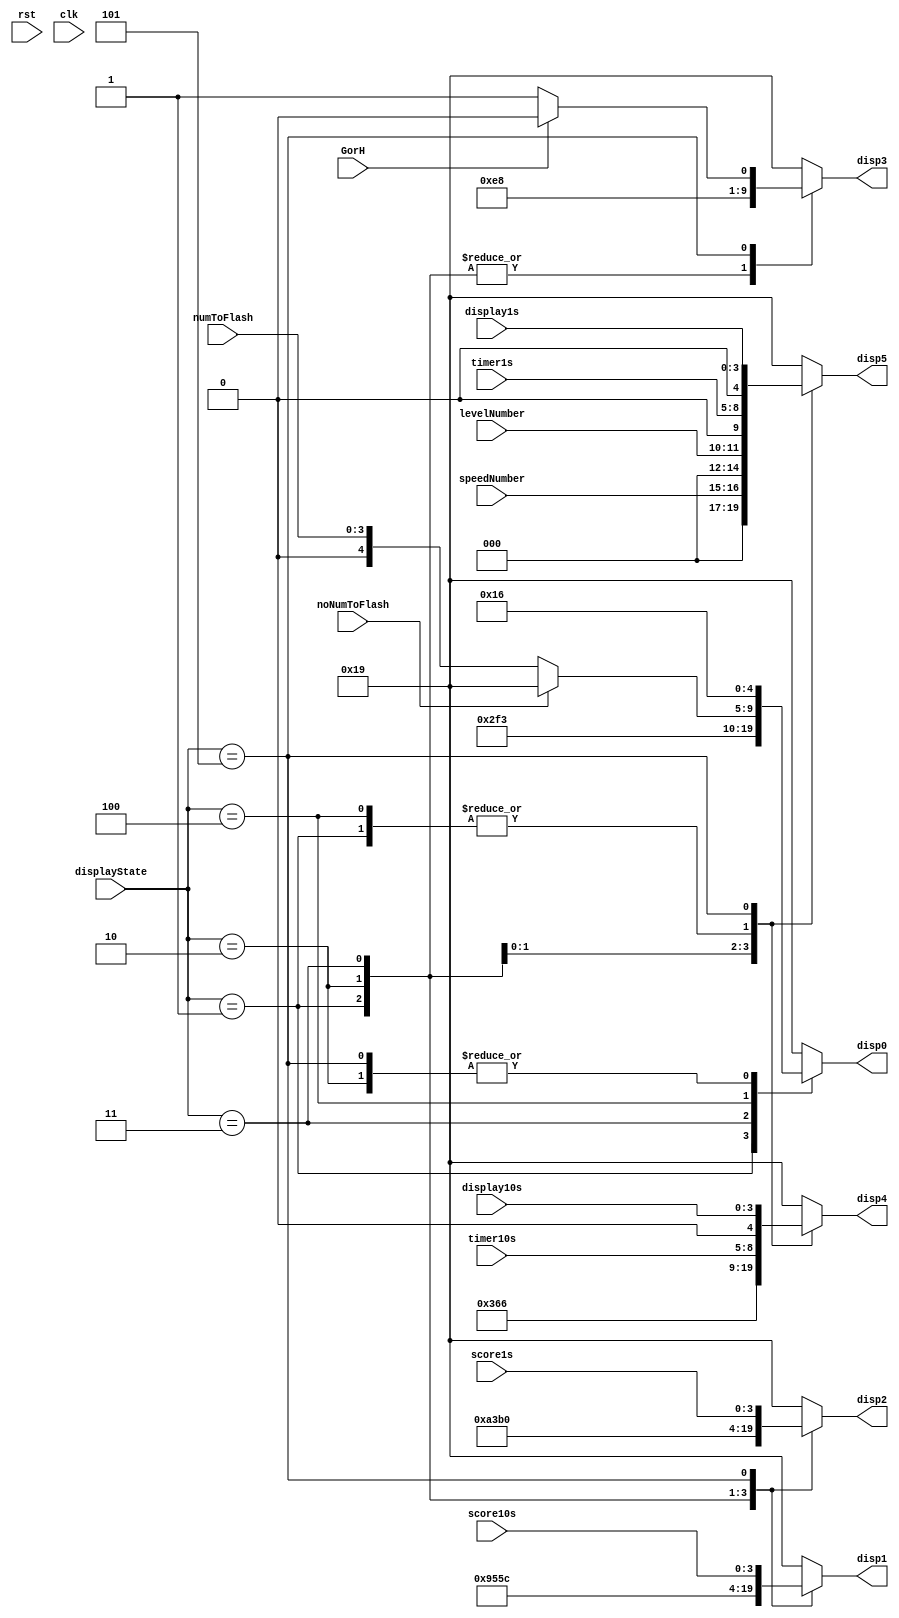
module displayState(rst, clk, displayState, levelNumber, speedNumber, numToFlash, noNumToFlash,GorH, score10s, score1s,timer10s, timer1s,display10s, display1s,disp0,disp1,disp2,disp3,disp4,disp5);
    input rst,clk;
    input [3:0] displayState; // Output to the Display Module ~ controls what Letters/Numbers will be displayed to the 7 seg displays
    input [1:0] speedNumber; // Output (and internal value) to the 7seg Dislay Control. This value Should be displayed on the rightmost 7seg display during the "Speed" State
    input [1:0] levelNumber; // Output (and internal value) to the 7seg Dislay Control. This value Should be displayed on the rightmost 7seg display during the "Level" State
    input [3:0] numToFlash; // Output to the 7seg Display control. This number should be flashed onto the leftmost 7seg display
    input noNumToFlash; // Output to the 7seg Display control. if this signal is high, do not display a value to the leftmost 7seg
    input [3:0] score10s, score1s; // Output to Score Module and  
    input [3:0] timer10s, timer1s; // Output to Timer Module and 
    input [3:0] display10s, display1s; // Output Highscore  Module and 
    input GorH; 
    output [4:0] disp0,disp1,disp2,disp3,disp4,disp5;
    reg [4:0] disp0,disp1,disp2,disp3,disp4,disp5;

    always @ (displayState)
        case(displayState)
        4'b0001:   begin  ///1.Reconfig Time : TIME ##   
                disp0=5'b10111 ; //23 -> " T "    
                disp1=5'b10010 ; //18 -> " I "
                disp2=5'b10100 ; //20 -> " M "
                disp3=5'b01110 ; //14 -> " E "
                disp4=timer10s ;
                disp5=timer1s;
        end
        4'b0010:   begin  //2.ReconfigSpeed : SPEED#
                disp0=5'b10110 ; //22 -> " S "    
                disp1=5'b10101 ; //21 -> " P "
                disp2=5'b01110 ; //14 -> " E "
                disp3=5'b01110 ; //14 -> " E "
                disp4=5'b01101 ; //13 -> " D "
                disp5=speedNumber;
        end
        4'b0011:   begin  //3.ReconfigLEvel ~ LEVEL#     
                disp0=5'b10011 ; //19 -> " L "    
                disp1=5'b01110 ; //14 -> " E "
                disp2=5'b11000 ; //24 -> " V "
                disp3=5'b01110 ; //14 -> " E "
                disp4=5'b10011 ; //19 -> " L "
                disp5=levelNumber;
        end
        4'b0100:   begin  //4.Standby/Game Start ~ left most either 99 or counted

    	     //if no num =0 to displayed num to flash (RNG)
	    //LEFT:RNG RIGHT MOST-TIMER
	     if(noNumToFlash==1'b0) begin
                disp0=numToFlash; //rng
			end 
				   //if no num =0 nothing should be displayed
			else begin
                disp0=5'b11001 ; //25 -> " - "
			end
                disp1=5'b11001; //25 -> " - "
                disp2=5'b11001; //25 -> " - "
                disp3=5'b11001; //25 -> " - "
                disp4=timer10s; 
                disp5=timer1s;

	    
        end
        4'b0101:   begin //5.GameOver ~ S##H## or S##G##      
		disp0=5'b10110 ; //22 -> " S "    
                disp1=score10s ; 
                disp2=score1s ; 

	    if(GorH == 1'b1)
                disp3=5'b10000; //16 -> " G "
            else
                disp3=5'b10001; //17 -> " H "

	        disp4= display10s; 
                disp5= display1s; 
        end
        default:   begin  //0.logged out (------)
                disp0=5'b11001 ; //25 -> " - "
                disp1=5'b11001 ; //25 -> " - "
                disp2=5'b11001 ; //25 -> " - "
                disp3=5'b11001 ; //25 -> " - "
                disp4=5'b11001 ; //25 -> " - " 
                disp5=5'b11001 ; //25 -> " - "
        end
        endcase
endmodule